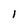
Character: l